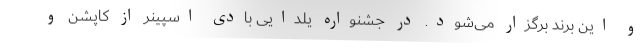
و این برند برگزار می‌شود. در جشنواره یلدایی بادی اسپینر از کاپشن و